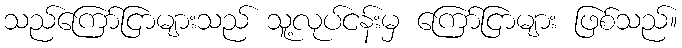
သည်ကြော်ငြာများသည် သူ့လုပ်ငန်းမှ ကြော်ငြာများ ဖြစ်သည်။